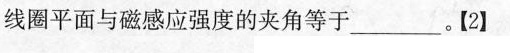
线圈平面与磁感应强度的夹角等于_____【2】